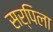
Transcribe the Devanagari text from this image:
सर्पिला